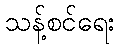
သန့်စင်ရေး